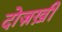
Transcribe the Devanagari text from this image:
दोज़ख़ी